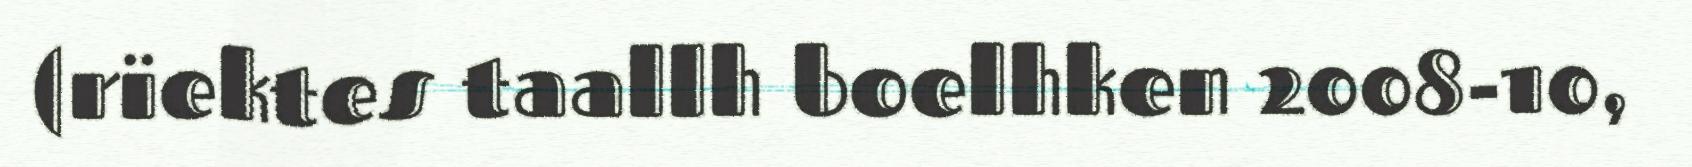
(rïektes taallh boelhken 2008-10,